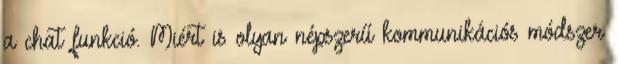
a chat funkció. Miért is olyan népszerű kommunikációs módszer